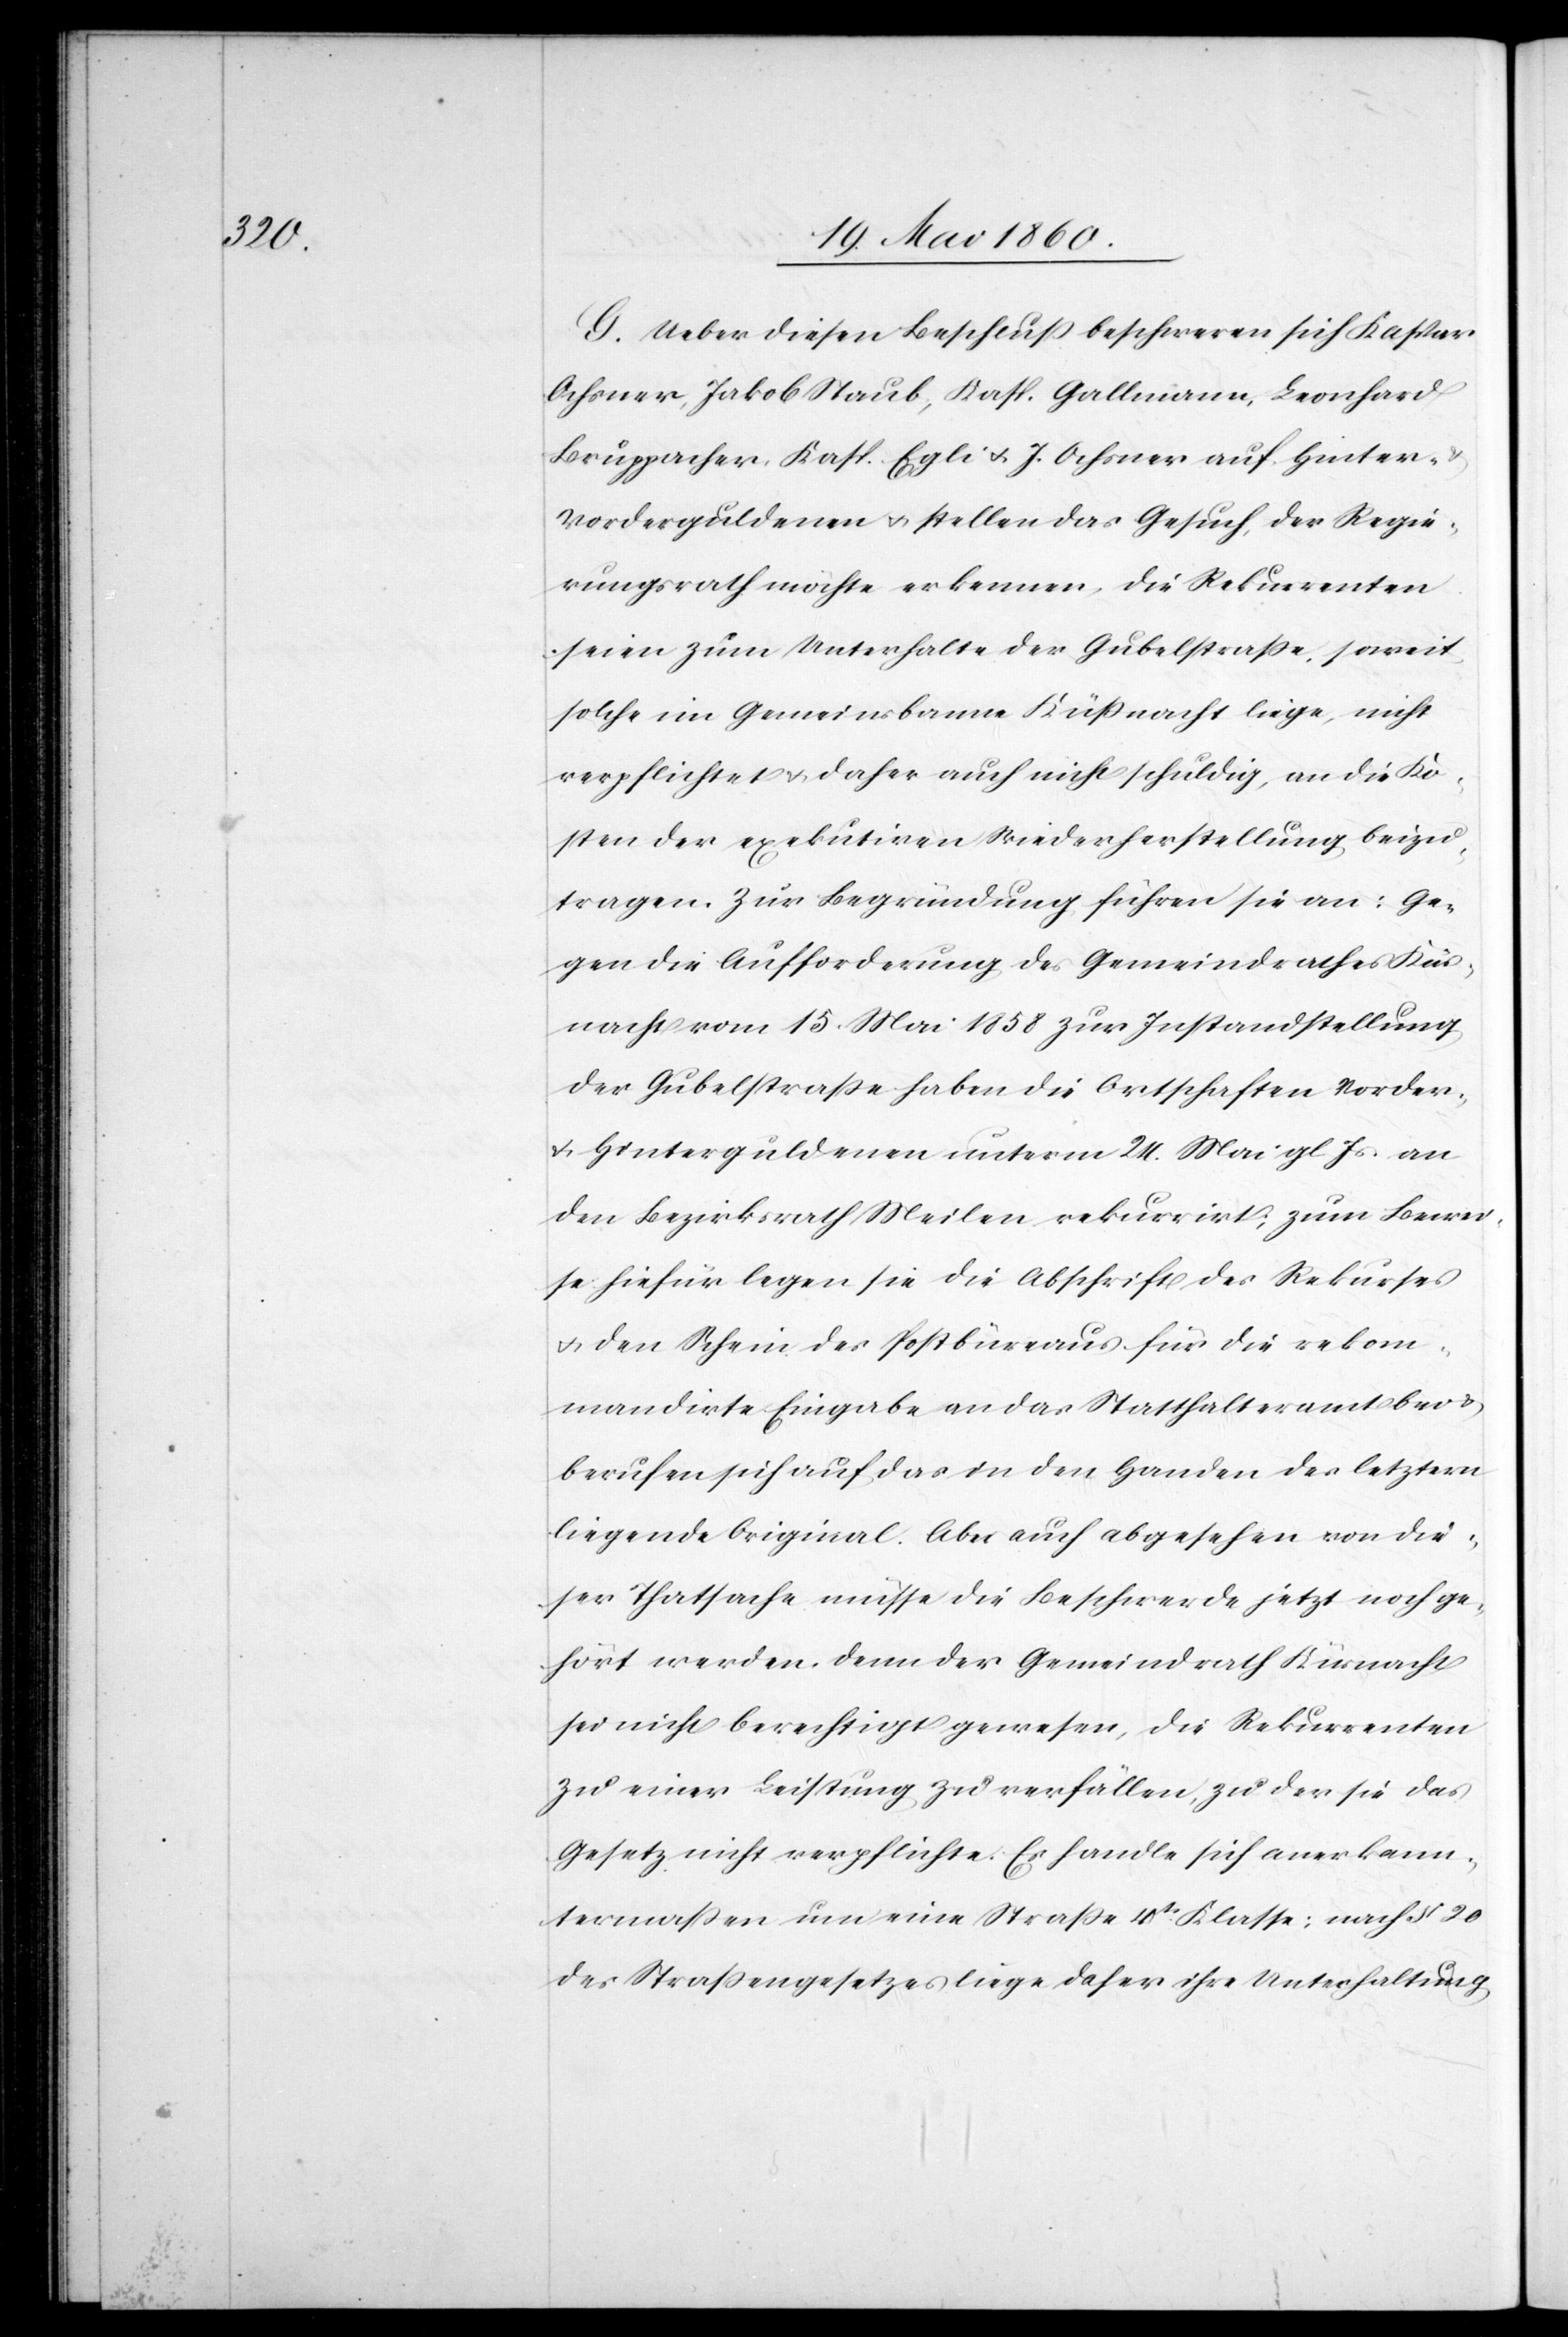
Küs¬

G. Ueber diesen Beschluss beschwerden sich Kaspar
Ochsner, Jakob Staub, Kasp. Gallmann, Leonhard
Bruppacher, Kasp. Egli u. J. Ochsner auf Hinter-
Vorderguldenen u. stellen das Gesuch, der Regie¬
rungsrath möchte erkennen, die Rekurrenten
seien zum Unterhalte der Gubelstrasse, soweit
solche im Gemeindsbanne Küssnacht liege, nicht
verpflichtet u. daher auch nicht schuldig, an die Ko¬
sten der exekutiren [sic!] Wiederherstellung beizu¬
tragen. Zur Begründung des Gemeindrathes
nacht vom 15. Mai 1858 zur Instandstellung
der Gubelstrasse haben die Ortschaften Vorder-
u. Hinterguldenen unterm 24. Mai gl. Js. an
den Bezirksrath Meilen rekurrirt; zum Bewei¬
se hiefür legen sie die Abschrift des Rekurses
u. den Schein des Postbüreaus für die rekom¬
mandirte Eingabe an das Statthalteramt bei u.
berufen sich auf das in den Handen des letztern
liegende Original. Aber auch abgesehen von die¬
ser Thatsache müsse die Beschwerde jetzt noch ge¬
hört werden, denn der Gemeindrath Küsnacht
sei nicht berechtigt gewesen, die Rekurrenten
zu einer Leistung zu verfällen, zu der sie das
Gesetz nicht verpflichte. Es handle sich anerkann¬
termassen um eine Strasse 4tr Klasse: nach §. 20.
des Strassengesetzes liege daher ihre Unterhaltung